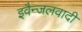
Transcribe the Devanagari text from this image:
इवैन्जलवादी